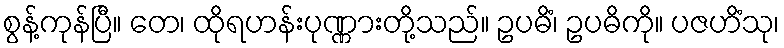
စွန့်ကုန်ပြီ။ တေ၊ ထိုရဟန်းပုဏ္ဏားတို့သည်။ ဥပဓိံ၊ ဥပဓိကို။ ပဇဟိံသု၊